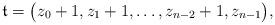
LaTeX: \begin{align*}\mathfrak{t}=\big(z_0+1,z_1+1,\ldots,z_{n-2}+1,z_{n-1}\big), \end{align*}